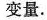
变量.